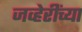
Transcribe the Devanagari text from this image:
जव्हेरींच्या